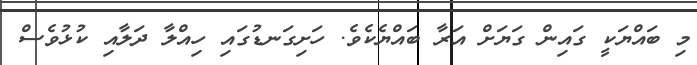
މި ބައްޔަކީ ގައިން ގަޔަށް އަރާ ބައްޔެކެވެ. ހަށިގަނޑުގައި ހިއްލާ ދަލާއި ކުޅުވެސް